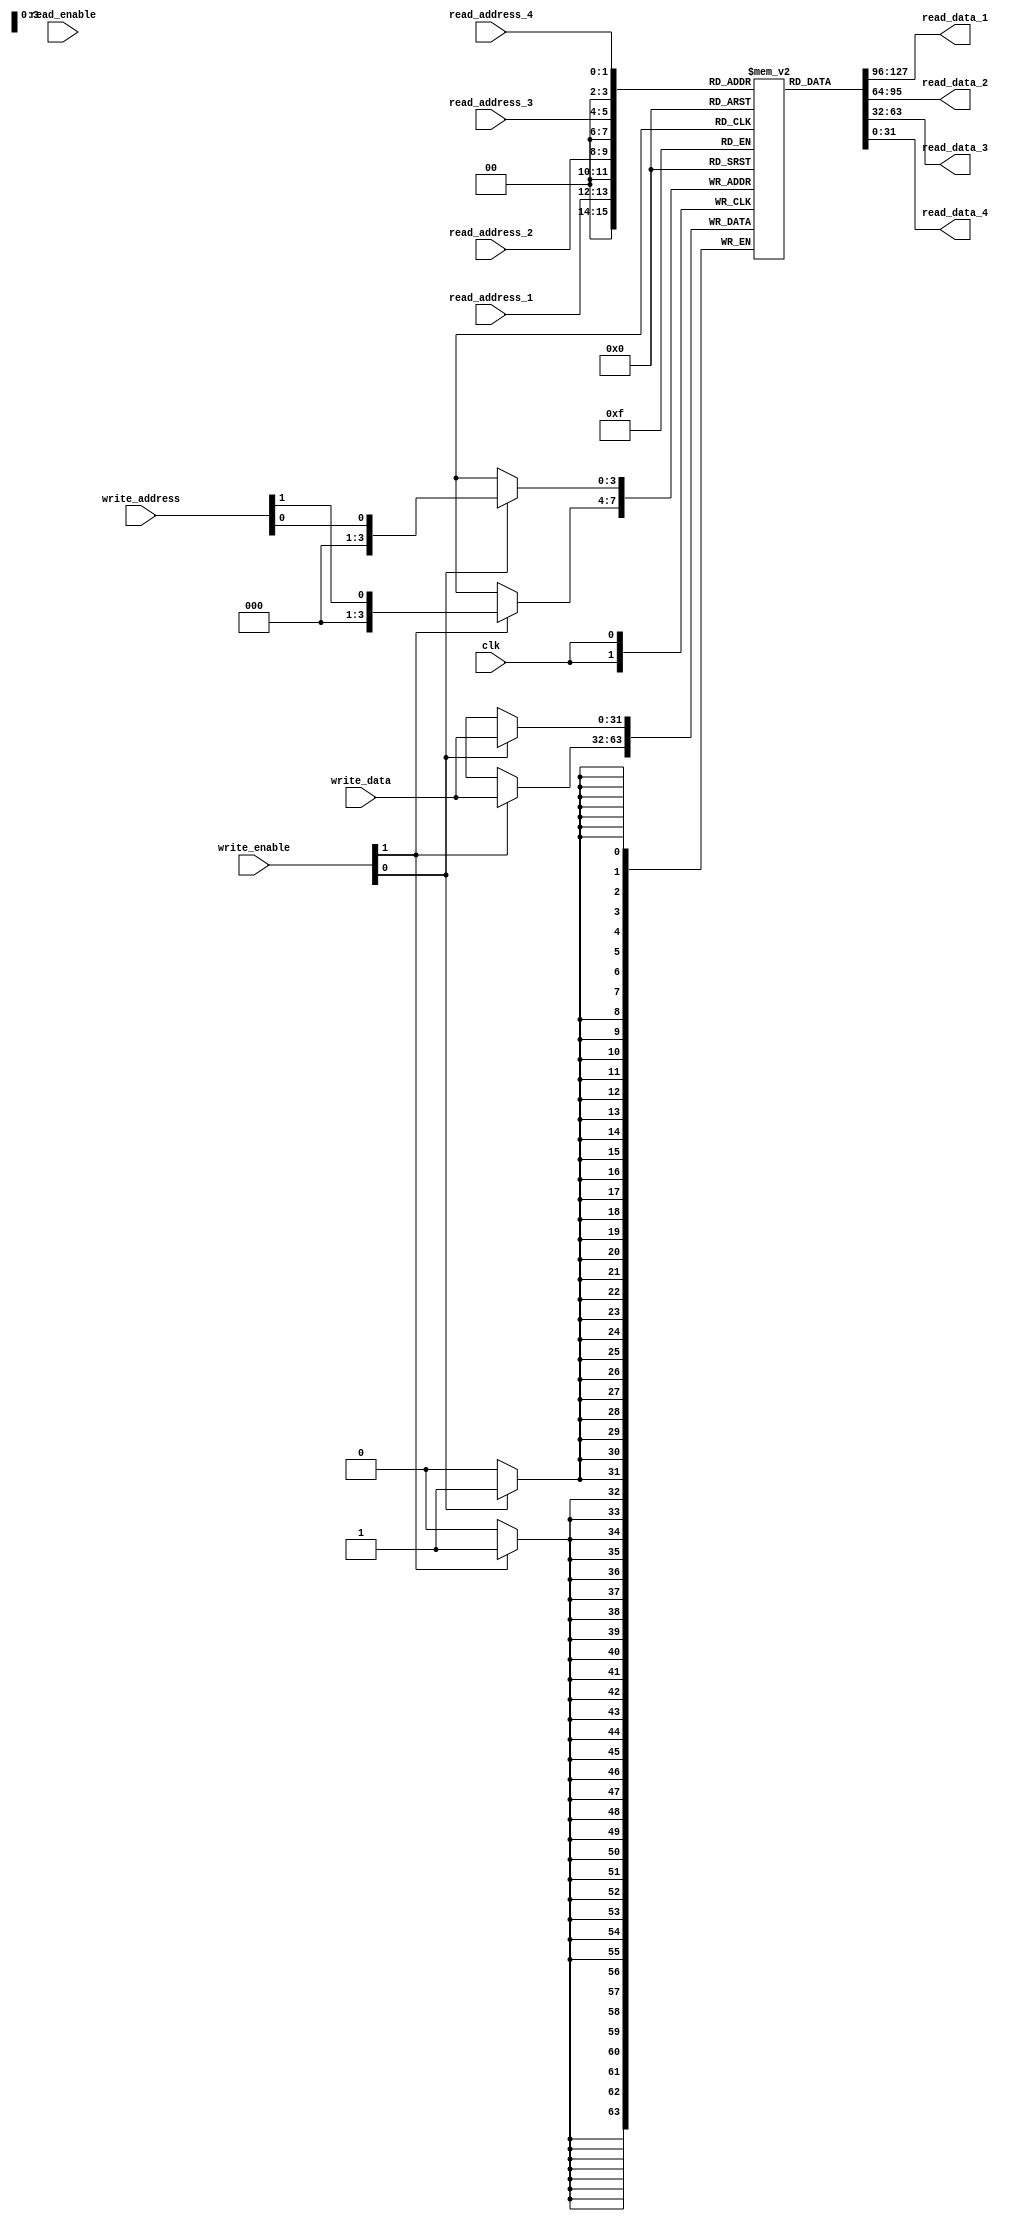
module register_file #(
  parameter DATA_WIDTH = 32,
  parameter NUM_REGISTERS = 16
)(
  input wire [1:0] read_enable,
  input wire [1:0] write_enable,
  input wire [DATA_WIDTH-1:0] write_data,
  input wire [3:0] write_address,
  input wire clk,
  
  input wire [1:0] read_address_1,
  input wire [1:0] read_address_2,
  input wire [1:0] read_address_3,
  input wire [1:0] read_address_4,
  output wire [DATA_WIDTH-1:0] read_data_1,
  output wire [DATA_WIDTH-1:0] read_data_2,
  output wire [DATA_WIDTH-1:0] read_data_3,
  output wire [DATA_WIDTH-1:0] read_data_4
);

reg [DATA_WIDTH-1:0] registers [0:NUM_REGISTERS-1];

always @(posedge clk) begin
  if (write_enable[0])
    registers[write_address[0]] <= write_data;
  if (write_enable[1])
    registers[write_address[1]] <= write_data;
end

assign read_data_1 = registers[read_address_1];
assign read_data_2 = registers[read_address_2];
assign read_data_3 = registers[read_address_3];
assign read_data_4 = registers[read_address_4];

endmodule